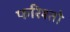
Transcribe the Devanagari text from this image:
फरिश्तो